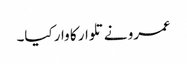
عمرو نے تلوار کا وار کیا۔